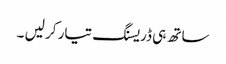
ساتھ ہی ڈریسنگ تیار کر لیں ۔